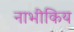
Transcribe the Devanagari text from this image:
नाभीकिय